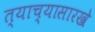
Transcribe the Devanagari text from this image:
त्याच्यासारखे